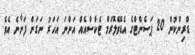
ޑްރިންކުން 20 ޕަސެންޓްގެ އެޑްވެލޮރަމް ޓެކްސްއެއް އަންނަ އަހަރު ނަގަން ފަށާނެ އެވެ.